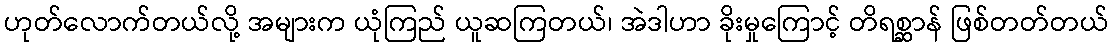
ဟုတ်လောက်တယ်လို့ အများက ယုံကြည် ယူဆကြတယ်၊ အဲဒါဟာ ခိုးမှုကြောင့် တိရစ္ဆာန် ဖြစ်တတ်တယ်